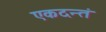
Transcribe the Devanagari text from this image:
एकदन्तं